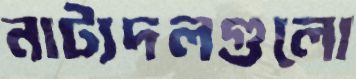
নাট্যদলগুলো